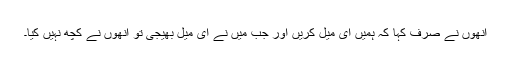
انھوں نے صرف کہا کہ ہمیں ای میل کریں اور جب میں نے ای میل بھیجی تو انھوں نے کچھ نہیں کیا۔